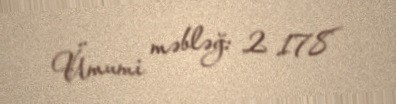
Ümumi məbləğ: 2 178